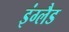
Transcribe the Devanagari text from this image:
इंग्‍लैड